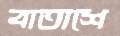
বাতাশে